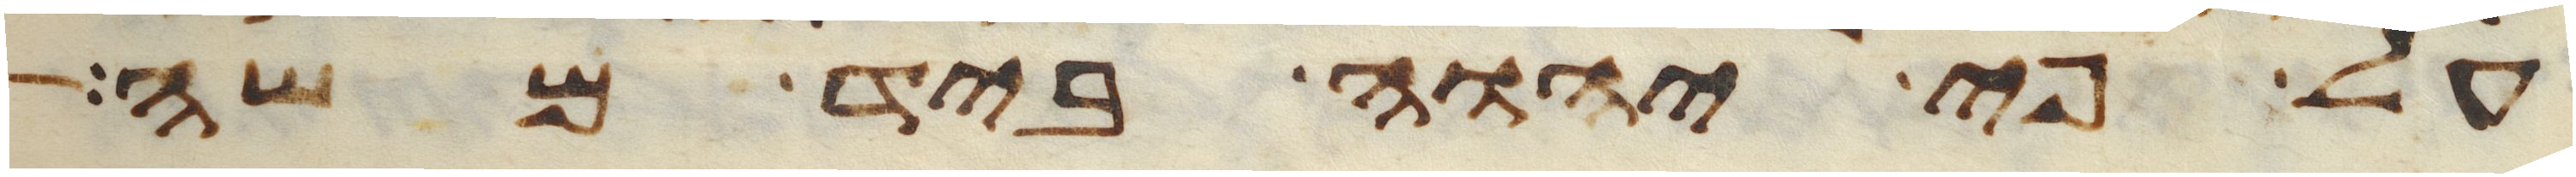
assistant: על פי יהוה ביד משה